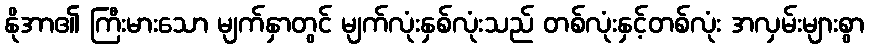
နိုအာ၏ ကြီးမားသော မျက်နှာတွင် မျက်လုံးနှစ်လုံးသည် တစ်လုံးနှင့်တစ်လုံး အလှမ်းများစွာ